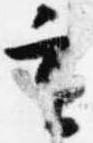
重